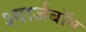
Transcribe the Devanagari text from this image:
श्वार्जबॉम